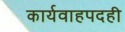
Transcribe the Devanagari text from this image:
कार्यवाहपदही